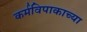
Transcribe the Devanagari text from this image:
कर्मविपाकाच्या